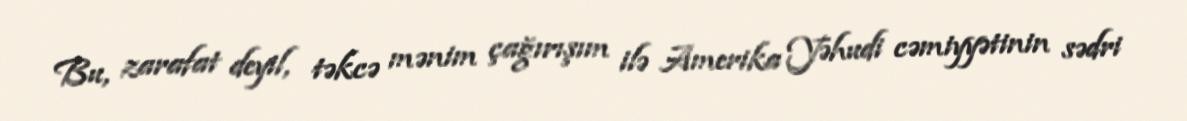
Bu, zarafat deyil, təkcə mənim çağırışım ilə Amerika Yəhudi cəmiyyətinin sədri